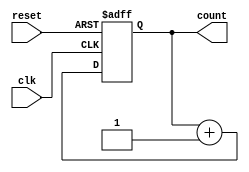
module ripple_counter #(
    parameter n = 4  // Number of bits for the counter
)(
    input wire clk,          // Clock input
    input wire reset,        // Asynchronous reset input
    output reg [n-1:0] count // Counter output
);

// Always block for the counter operation
always @(posedge clk or posedge reset) begin
    if (reset) begin
        count <= 0; // Reset the counter to 0
    end else begin
        count <= count + 1; // Increment the counter
    end
end

endmodule